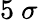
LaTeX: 5~\sigma